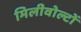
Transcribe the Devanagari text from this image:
मिलीवोल्टों